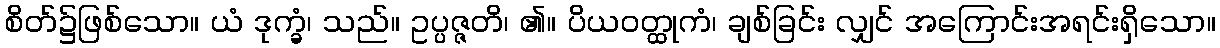
စိတ်၌ဖြစ်သော။ ယံ ဒုက္ခံ၊ သည်။ ဥပ္ပဇ္ဇတိ၊ ၏။ ပိယဝတ္ထုကံ၊ ချစ်ခြင်း လျှင် အကြောင်းအရင်းရှိသော။